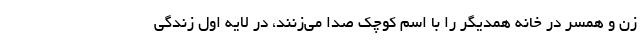
زن و همسر در خانه همدیگر را با اسم کوچک صدا می‌زنند، در لایه اول زندگی